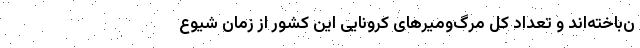
ن‌باخته‌اند و تعداد کل مرگ‌و‌میرهای کرونایی این کشور از زمان شیوع